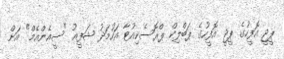
ޕީޖީ އޮފީހުގެ ޕީޖީ އޮފީހުގެ ޕަބްލިކް ޕްރޮސެކިއުޓާ އަހުމަދު ޝަފީއު "ސީއެންއެމް" އަށް